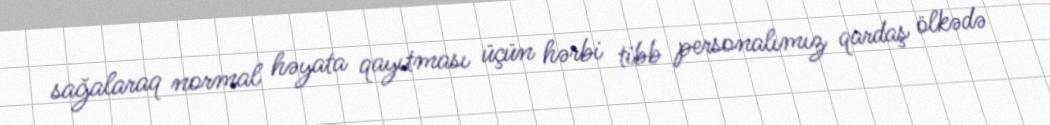
sağalaraq normal həyata qayıtması üçün hərbi tibb personalımız qardaş ölkədə